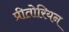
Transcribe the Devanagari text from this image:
प्रीतोरियन